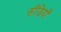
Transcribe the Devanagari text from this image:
सीड़ियों